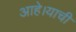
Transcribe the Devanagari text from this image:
आहे।याची